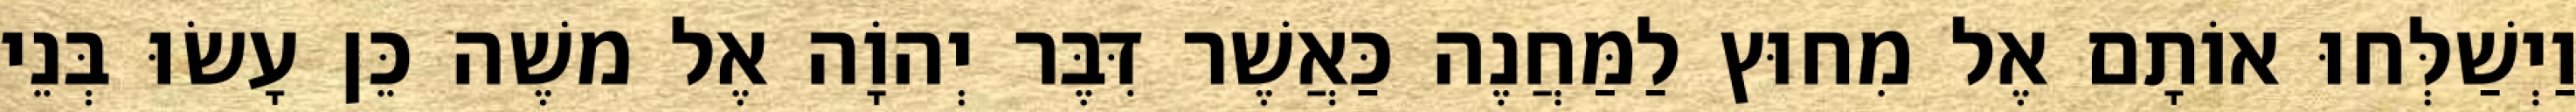
וַיְשַׁלְּחוּ אוֹתָם אֶל מִחוּץ לַמַּחֲנֶה כַּאֲשֶׁר דִּבֶּר יְהוָֹה אֶל משֶׁה כֵּן עָשׂוּ בְּנֵי